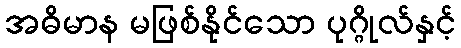
အဓိမာန မဖြစ်နိုင်သော ပုဂ္ဂိုလ်နှင့်